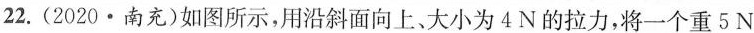
22. (2020·南充)如图所示，用沿斜面向上、大小为4N的拉力，将一个重5N